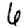
Digit: 6